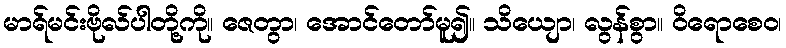
မာရ်မင်းဗိုလ်ပါတို့ကို။ ဇေတွာ၊ အောင်တော်မူ၍။ သိယျော၊ လွန်စွာ။ ဝိရောစေဝ၊